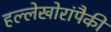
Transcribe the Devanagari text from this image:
हल्लेखोरांपैकी